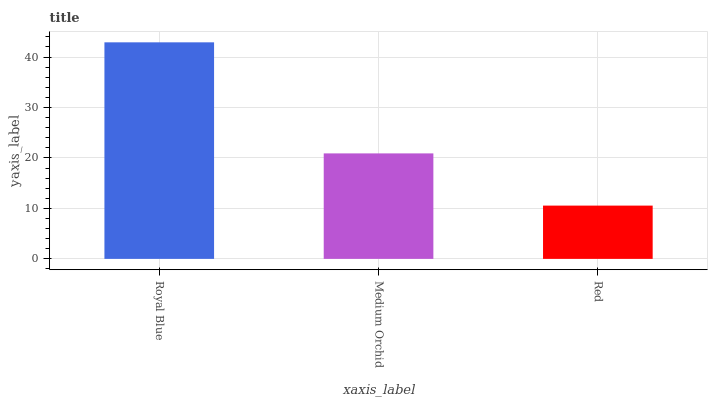
| xaxis_label | bars |
 | --- | --- |
 | Royal Blue | 42.9 |
 | Medium Orchid | 20.9 |
 | Red | 10.6 |